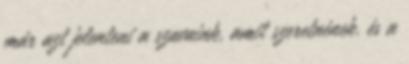
már azt jelenteni a szavaink, amit szeretnének. és a